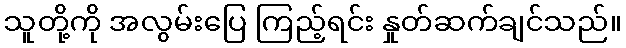
သူတို့ကို အလွမ်းပြေ ကြည့်ရင်း နှုတ်ဆက်ချင်သည်။